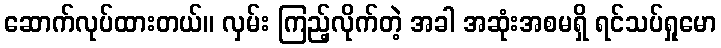
ဆောက်လုပ်ထားတယ်။ လှမ်း ကြည့်လိုက်တဲ့ အခါ အဆုံးအစမရှိ ရင်သပ်ရှုမော